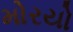
મોરયો